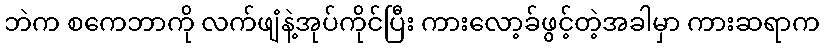
ဘဲက စကေဘာကို လက်ဖျံနဲ့အုပ်ကိုင်ပြီး ကားလော့ခ်ဖွင့်တဲ့အခါမှာ ကားဆရာက